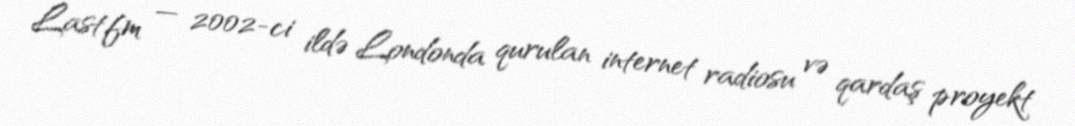
Last.fm — 2002-ci ildə Londonda qurulan internet radiosu və qardaş proyekt